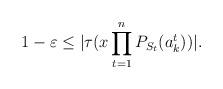
LaTeX: \begin{align*}1-\varepsilon \leq |\tau (x\prod^n_{t=1} P_{S_t}(a^t_k))|.\end{align*}